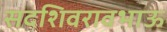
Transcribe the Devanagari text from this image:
सदशिवरावभाऊ